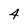
Character: 4